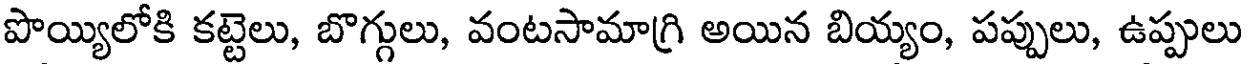
పొయ్యిలోకి కట్టెలు, బొగ్గులు, వంటసామాగ్రి అయిన బియ్యం, పప్పులు, ఉప్పులు